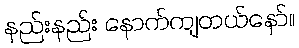
နည်းနည်း နောက်ကျတယ်နော်။